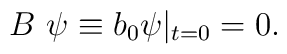
B\ \psi \equiv b_0 \psi \vert _{t=0}=0.